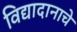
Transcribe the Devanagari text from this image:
विद्यादानाचे